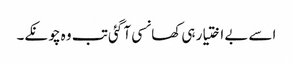
اسے بے اختیار ہی کھانسی آ گئی تب وہ چونکے۔